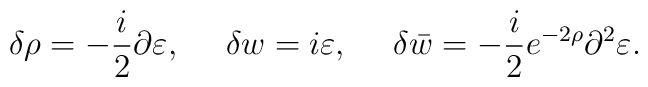
\delta\rho=-{i\over 2} \partial \varepsilon, \ \ \ \ \delta w =i\varepsilon, \ \ \ \ \delta \bar w = -{i \over 2}e^{-2\rho}\partial^2\varepsilon .